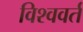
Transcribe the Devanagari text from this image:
विश्ववर्त